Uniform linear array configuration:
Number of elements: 16
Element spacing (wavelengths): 0.25
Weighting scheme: uniform
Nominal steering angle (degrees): -30
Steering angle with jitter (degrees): -29.526
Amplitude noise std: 0.05
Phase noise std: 0.05

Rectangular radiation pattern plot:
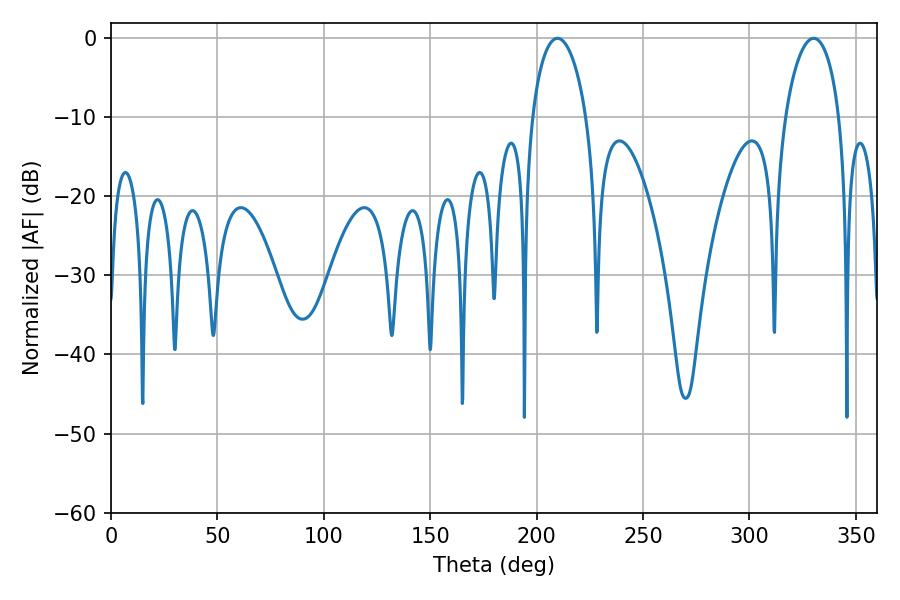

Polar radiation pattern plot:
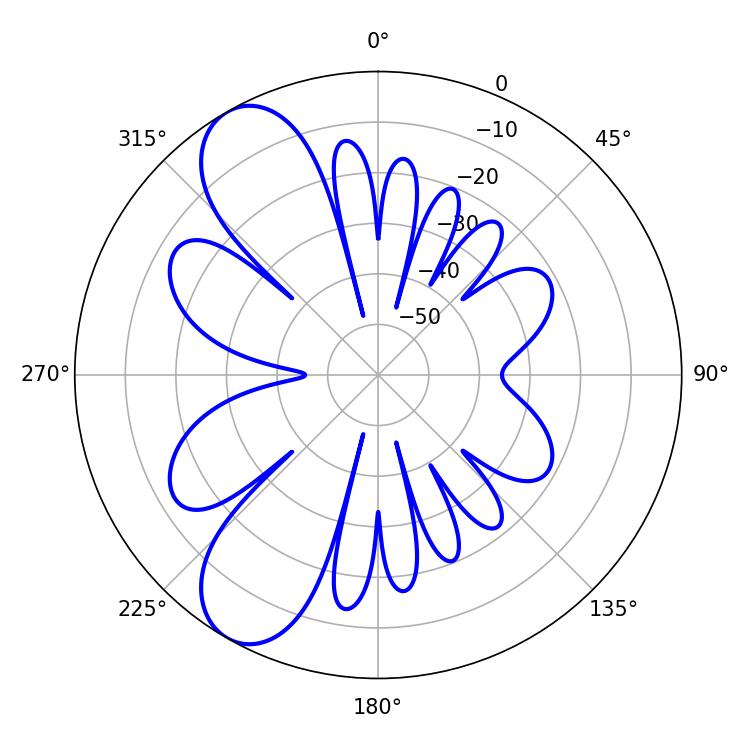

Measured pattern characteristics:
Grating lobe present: FALSE
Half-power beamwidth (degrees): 14.58
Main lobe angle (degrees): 209.88